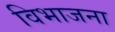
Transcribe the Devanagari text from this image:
विभाजना